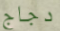
دجاج